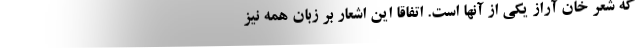
که شعر خان آراز یکی از آنها است. اتفاقا این اشعار بر زبان همه نیز